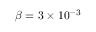
\beta = 3 \times 1 0 ^ { - 3 }